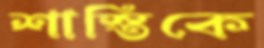
শাস্তিকে